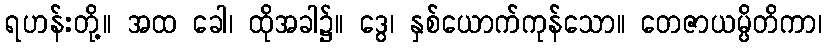
ရဟန်းတို့။ အထ ခေါ၊ ထိုအခါ၌။ ဒွေ၊ နှစ်ယောက်ကုန်သော။ တေဇာယမ္ပိတိကာ၊